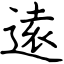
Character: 逺